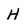
Character: H